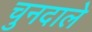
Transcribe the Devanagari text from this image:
चुनदाले